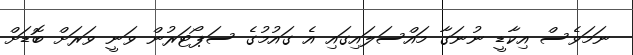
ނަމަވެސް އިކާޑީ ނުނަގާ މައްސަލައިގައި އެ ގައުމުގެ ސަޕޯޓަރުން ވަނީ ވަރަށް ބޮޑަށް